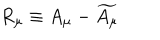
R _ { \mu } \equiv A _ { \mu } - \widetilde { A _ { \mu } }